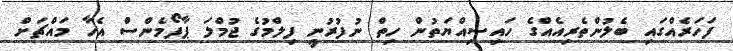
ފަހަރެއްގައި ބެލުންތެރިއެއްގެ ހައިސިއްޔަތުން ހިތް ނުފުރުނީ ފިލްމުގެ ޖުމްލަ ޕާފޯމެންސް އެހާ މައްޗަށް